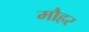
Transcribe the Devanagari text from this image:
मौहर